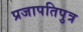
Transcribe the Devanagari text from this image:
प्रजापतिपुत्र